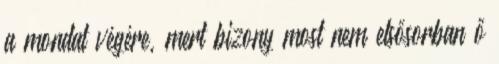
a mondat végére, mert bizony most nem elsősorban ő